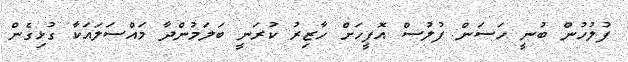
ފުލުހުން ބުނީ ހަސަން ފުލުސް އޮފީހަށް ހާޒިރު ކުރަނީ ބަލަމުންދާ މައްސަލައަކާ ގުޅިގެން